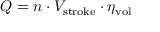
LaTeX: Q = n \cdot V _ { \mathrm { s t r o k e } } \cdot \eta _ { \mathrm { v o l } }